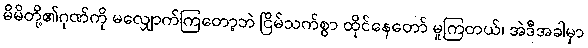
မိမိတို့၏ဂုဏ်ကို မလျှောက်ကြတော့ဘဲ ငြိမ်သက်စွာ ထိုင်နေတော် မူကြတယ်၊ အဲဒီအခါမှာ